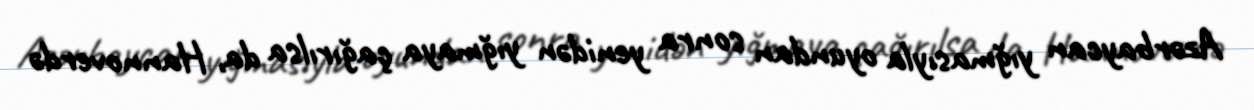
Azərbaycan yığmasıyla oyundan sonra yenidən yığmaya çağırılsa da, Hannoverdə